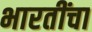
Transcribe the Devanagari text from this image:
भारतींचा